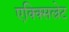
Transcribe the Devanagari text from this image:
एक्क्सिल्रेट